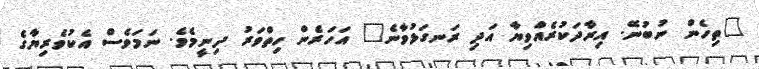
"ތިހެން ނުބުނޭ. އިރާދަކުރެއްވިޔާ އަދި ރަނގަޅުވާނެ" އަހަރެން ހިތްވަރު ދިނީމެވެ. ނަމަވެސް އެކުވެރިޔާގެ